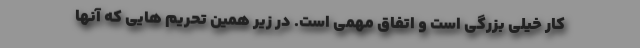
کار خیلی بزرگی است و اتفاق مهمی است. در زیر همین تحریم هایی که آنها